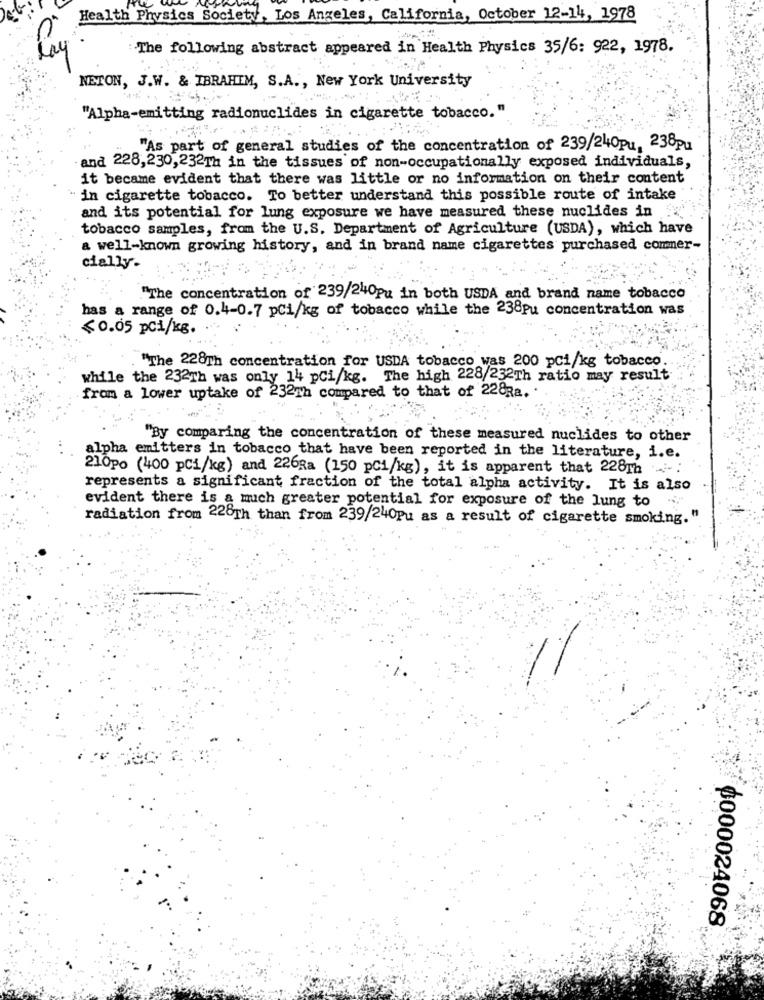
Health Physics Society, Los Angeles, California, October 12-14, 1978
The following abstract appeared in Health Physics 35/6: 922, 1978.
Ray
NETON, J.W. & IBRAHIM, S.A ., New York University
"Alpha-emitting radionuclides in cigarette tobacco."
"As part of general studies of the concentration of 239/240pu, 238pu
and 228,230,232Th in the tissues of non-occupationally exposed individuals,
it became evident that there was little or no information on their content
in cigarette tobacco. To better understand this possible route of intake
and its potential for lung exposure we have measured these nuclides in x
tobacco samples, from the U.S. Department of Agriculture (USDA), which have
a well-known growing history, and in brand name cigarettes purchased comner-
cially.
."The concentration of 239/240pu in both USDA and brand name tobacco
has a range of 0.4-0.7 pCi/kg of tobacco while the 238pu concentration was
≤0.05 pci/kg.
"The 228Th concentration for USDA tobacco was 200 pci/kg tobacco.
while the 232Th was only 14 pCi/kg. The high 228/232Th ratio may result
from a lower uptake of 232Th compared to that of 228Ra.
"By comparing the concentration of these measured nuclides to other
alpha emitters in tobacco that have been reported in the literature, i.e.
210po (400 pci/kg) and 226Ra (150 pci/kg), it is apparent that 228Th
represents a significant fraction of the total alpha activity. It is also
evident there is a much greater potential for exposure of the lung to
radiation from 228Th than from 239/240pu as a result of cigarette smoking."
0000024068